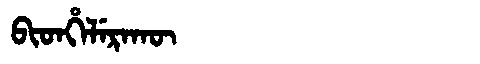
Manchu: ᠪᡳᡨᡥᡝᠯᡝᡵᠠᡴᡡ
Romanization: BITHELERAKŪ